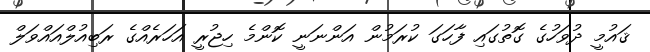
ޤައުމީ ދުވަހުގެ ގޮތުގައި ފާހަގަ ކުރަމުން އަންނަނީ ކޮންމެ ހިޖުރީ އަހަރެއްގެ ރަބިއުލްއައްވަލް